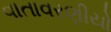
વાતાવરણીયો